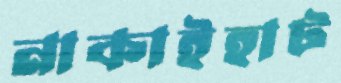
নাকাইহাট